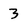
Character: 3